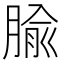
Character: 腧